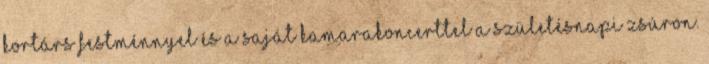
kortárs festménnyel és a saját kamarakoncerttel a születésnapi zsúron.